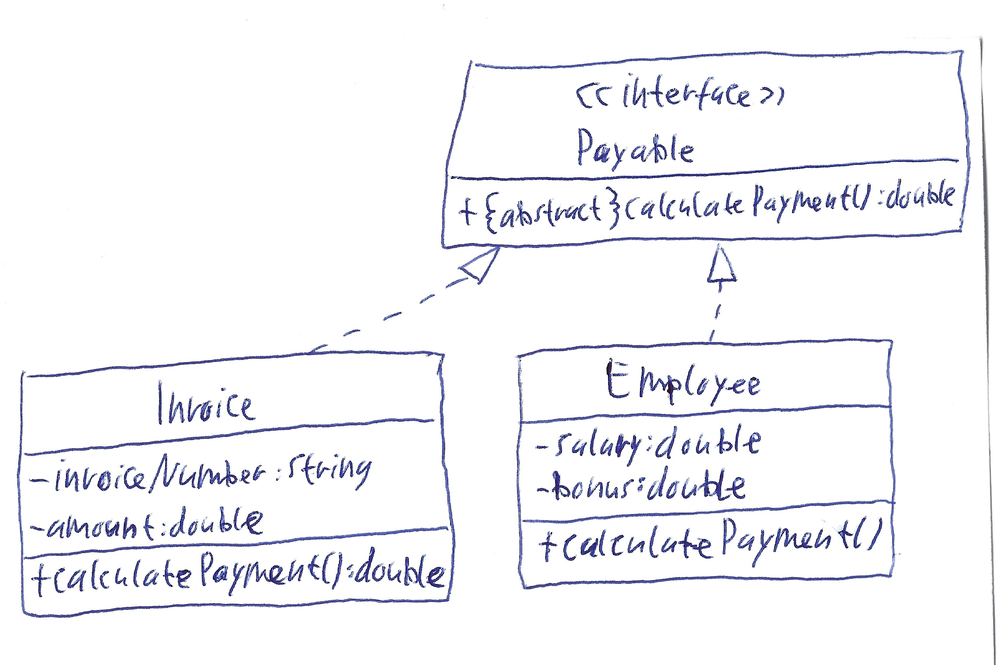
Diagram type: class_diagram
```plantuml
@startuml

interface Payable {
  + {abstract} calculatePayment(): double
}

class Invoice implements Payable {
  - invoiceNumber: String
  - amount: double
  + calculatePayment(): double
}

class Employee implements Payable {
  - salary: double
  - bonus: double
  + calculatePayment()
}

@enduml
```